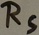
Text: RS